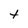
Character: t